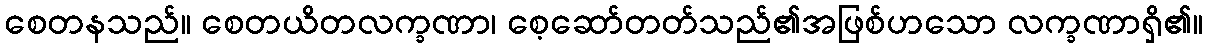
စေတနသည်။ စေတယိတလက္ခဏာ၊ စေ့ဆော်တတ်သည်၏အဖြစ်ဟသော လက္ခဏာရှိ၏။